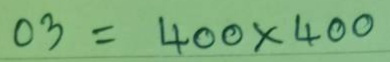
03 = 400 x 400